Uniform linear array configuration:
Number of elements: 16
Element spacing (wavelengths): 1
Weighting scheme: exponential
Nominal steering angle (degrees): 60
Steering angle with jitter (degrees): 58.52
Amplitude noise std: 0.05
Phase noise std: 0.05

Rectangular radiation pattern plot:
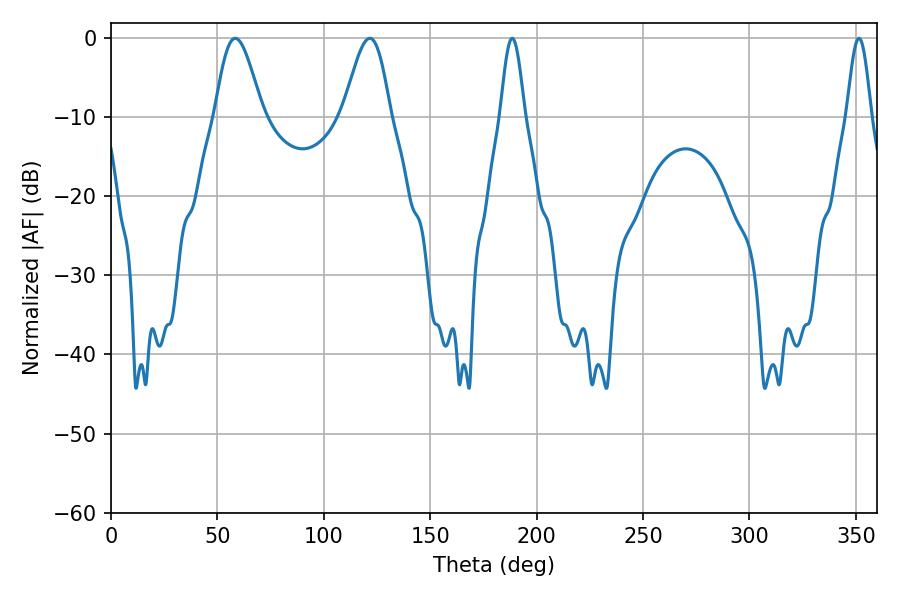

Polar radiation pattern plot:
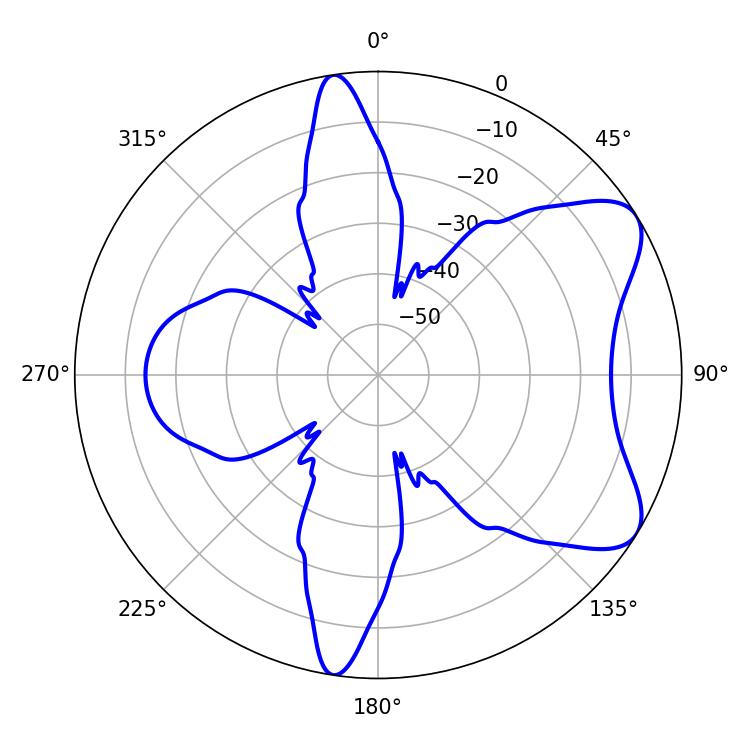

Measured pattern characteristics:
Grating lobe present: TRUE
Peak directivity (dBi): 7.289
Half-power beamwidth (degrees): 11.88
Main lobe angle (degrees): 58.32